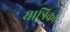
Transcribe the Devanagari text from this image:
यात्रिकी